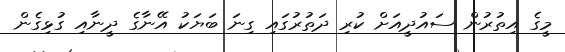
މީގެ އިތުރުން ސައުދީއަށް ކުރި ދަތުރުގައި ގިނަ ބަޔަކު އޭނާގެ ދީނާއި ގުޅިގެން